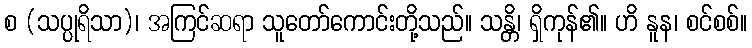
စ (သပ္ပုရိသာ)၊ အကြင်ဆရာ သူတော်ကောင်းတို့သည်။ သန္တိ၊ ရှိကုန်၏။ ဟိ နူန၊ စင်စစ်။